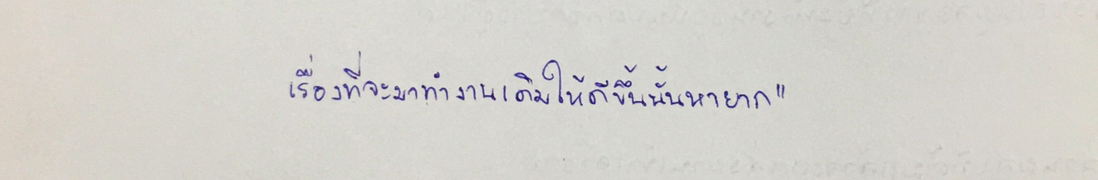
เรื่องที่จะมาทำงานเดิมให้ดีขึ้นนั้นหายาก"